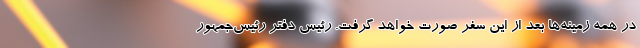
در همه زمینه‌ها بعد از این سفر صورت خواهد گرفت. رئیس دفتر رئیس‌جمهور